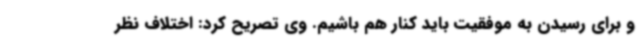
و برای رسیدن به موفقیت باید کنار هم باشیم. وی تصریح کرد: اختلاف نظر